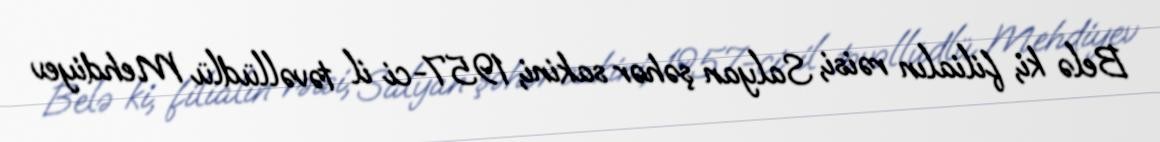
Belə ki, filialın rəisi, Salyan şəhər sakini, 1957-ci il təvəllüdlü Mehdiyev